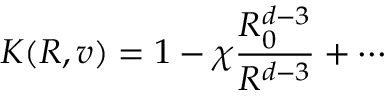
K ( R , v ) = 1 - \chi \frac { R _ { 0 } ^ { d - 3 } } { R ^ { d - 3 } } + \cdots